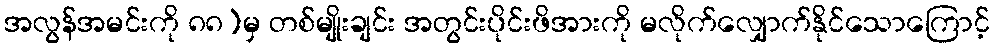
အလွန်အမင်းကို ၈၈)မှ တစ်မျိုးချင်း အတွင်းပိုင်းဖိအားကို မလိုက်လျှောက်နိုင်သောကြောင့်